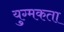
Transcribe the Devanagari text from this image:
युग्मकता